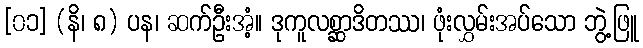
[၀၁] (နိ၊ ၈) ပန၊ ဆက်ဦးအံ့။ ဒုကူလစ္ဆာဒိတဿ၊ ဖုံးလွှမ်းအပ်သော ဘွဲ့ဖြူ